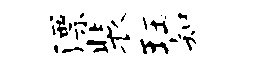
漂装珏知